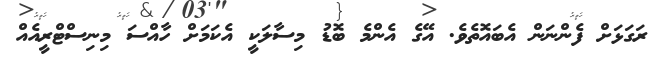
ރަގަޅަށް ފެންނަން އެބައޮތެވެ. އޭގެ އެންމެ ބޮޑު މިސާލަކީ އެކަމަށް ހާއްސަ މިނިސްޓްރީއެއް